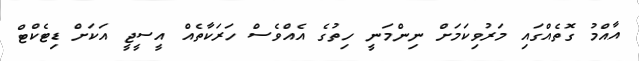
އާއްމު ގޮތެއްގައި މަރުވިކަމަށް ނިންމަނީ ހިތުގެ އެއްވެސް ހަރަކާތެއް އީސީޖީ އަކަށް ޑިޓެކްޓް